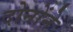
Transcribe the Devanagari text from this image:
दोनोंने